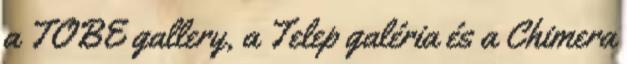
a TOBE gallery, a Telep galéria és a Chimera